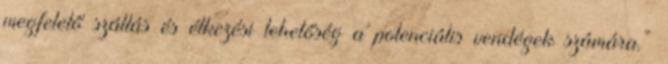
megfelelő szállás és étkezési lehetőség a potenciális vendégek számára.”